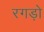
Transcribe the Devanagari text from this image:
रगड़ो